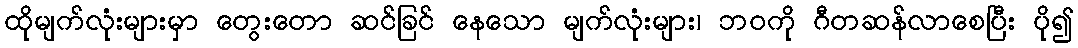
ထိုမျက်လုံးများမှာ တွေးတော ဆင်ခြင် နေသော မျက်လုံးများ၊ ဘဝကို ဂီတဆန်လာစေပြီး ပို၍